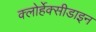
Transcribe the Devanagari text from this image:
क्लोर्हेक्सीडाइन